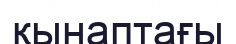
қынаптағы